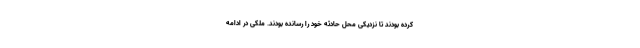
کرده بودند تا نزدیکی محل حادثه خود را رسانده بودند. ملکی در ادامه